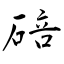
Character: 碚